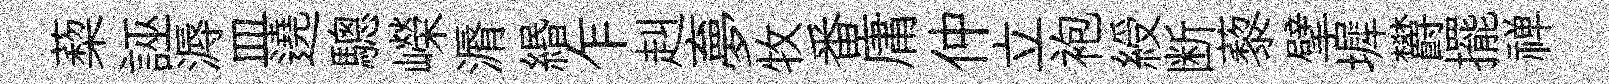
蔾誣溽皿遶驄嶸漘緡乍赳夣牧番庸仲立袍綬断藜擘墀欝擺禅